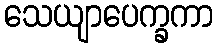
သေယျာပေက္ခကာ